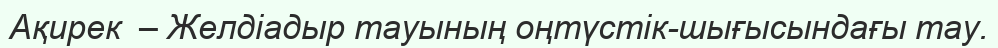
Ақирек  – Желдіадыр тауының оңтүстік-шығысындағы тау.